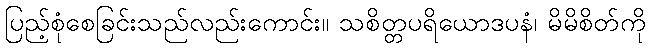
ပြည့်စုံစေခြင်းသည်လည်းကောင်း။ သစိတ္တပရိယောဒပနံ၊ မိမိစိတ်ကို